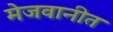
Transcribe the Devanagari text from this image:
मेजवानीत